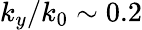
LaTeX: k_{y}/k_{0}\sim 0.2